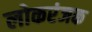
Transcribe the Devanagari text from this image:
लोकरंजक